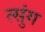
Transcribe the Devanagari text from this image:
त्सुंग